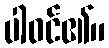
ပါဝင်၏။